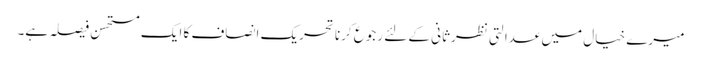
میرے خیال میں عدالتی نظرثانی کے لئے رجوع کرنا تحریک انصاف کا ایک مستحسن فیصلہ ہے۔